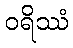
ဝရိဿံ